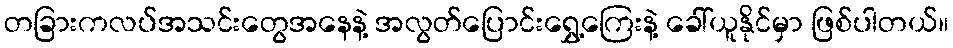
တခြားကလပ်အသင်းတွေအနေနဲ့ အလွတ်ပြောင်းရွှေ့ကြေးနဲ့ ခေါ်ယူနိုင်မှာ ဖြစ်ပါတယ်။